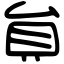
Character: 貟